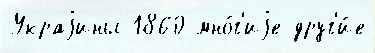
Украjины 1860 мно́г'иjе друг'и́е